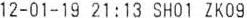
12-01-19 21:13 SH01 ZK09